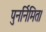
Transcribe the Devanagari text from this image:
पुनर्निमित।